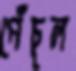
পেঁচুল